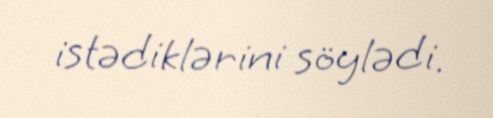
istədiklərini söylədi.